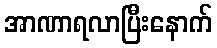
အာဏာရလာပြီးနောက်